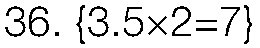
36. {3.5×2=7}